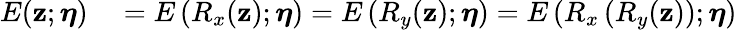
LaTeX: \begin{array}{rl}{E(\mathbf{z};\boldsymbol{\eta})}&{{}=E\left(R_{x}(\mathbf{z});\boldsymbol{\eta}\right)=E\left(R_{y}(\mathbf{z});\boldsymbol{\eta}\right)=E\left(R_{x}\left(R_{y}(\mathbf{z})\right);\boldsymbol{\eta}\right)}\end{array}